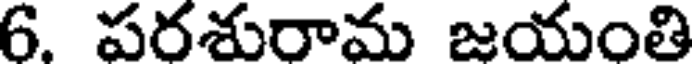
6. పరశురామ జయంతి